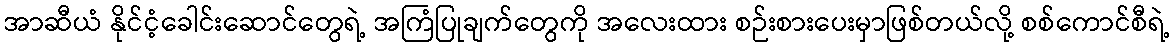
အာဆီယံ နိုင်ငံ့ခေါင်းဆောင်တွေရဲ့ အကြံပြုချက်တွေကို အလေးထား စဉ်းစားပေးမှာဖြစ်တယ်လို့ စစ်ကောင်စီရဲ့